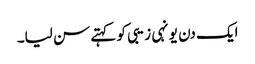
ایک دن یونہی زیبی کو کہتے سن لیا۔